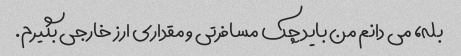
بله، می دانم من باید چک مسافرتی و مقداری ارز خارجی بگیرم.